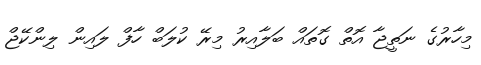
މިހާރުގެ ނަތީޖާ އޮތް ގޮތައް ބަލާއިރު މިރޭ ކުލަބް ހާފް ލައިން ލިންކޭޖް